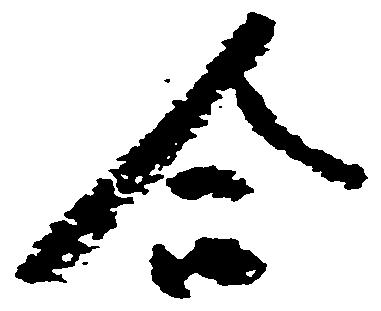
合